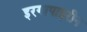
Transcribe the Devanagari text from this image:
इरगापाइरीन